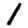
Digit: 1